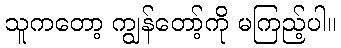
သူကတော့ ကျွန်တော့်ကို မကြည့်ပါ။